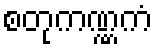
စတုကဏ္ဏကံ